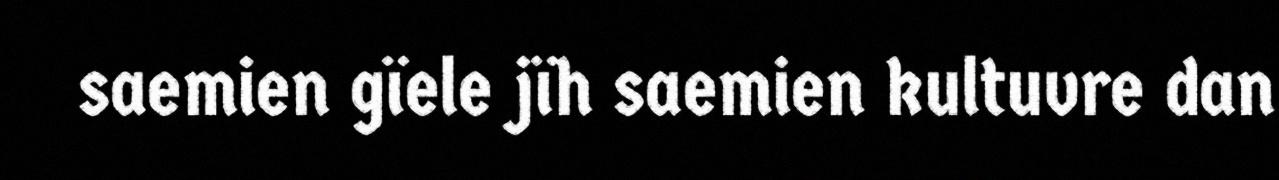
saemien gïele jïh saemien kultuvre dan